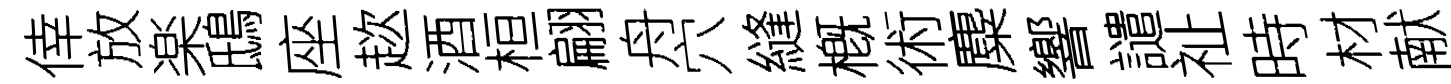
倖放楽鴟座趑酒桓翩舟穴縫槪術麋響譴祉時材献